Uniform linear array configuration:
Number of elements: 24
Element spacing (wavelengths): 0.25
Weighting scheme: hann
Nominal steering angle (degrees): -60
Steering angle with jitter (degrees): -60.411
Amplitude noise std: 0.05
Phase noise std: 0.05

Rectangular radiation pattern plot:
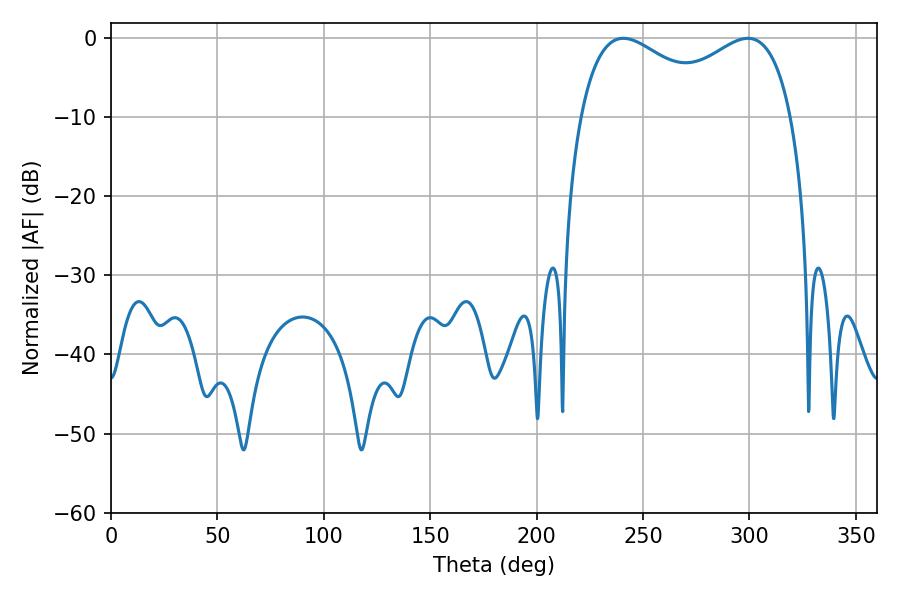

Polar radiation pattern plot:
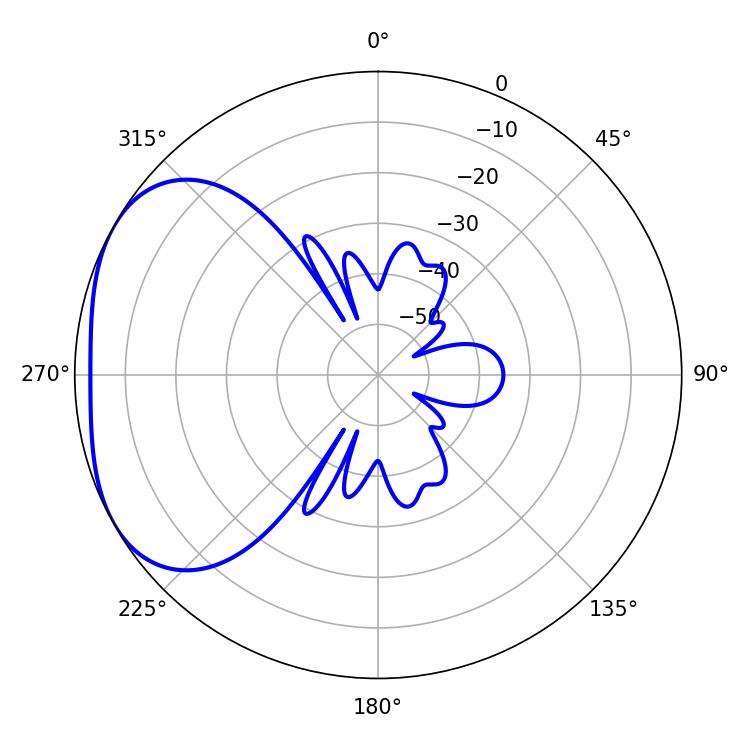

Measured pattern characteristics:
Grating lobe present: FALSE
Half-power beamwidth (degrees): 38.16
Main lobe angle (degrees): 299.16